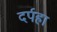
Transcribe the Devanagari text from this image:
दर्पहा